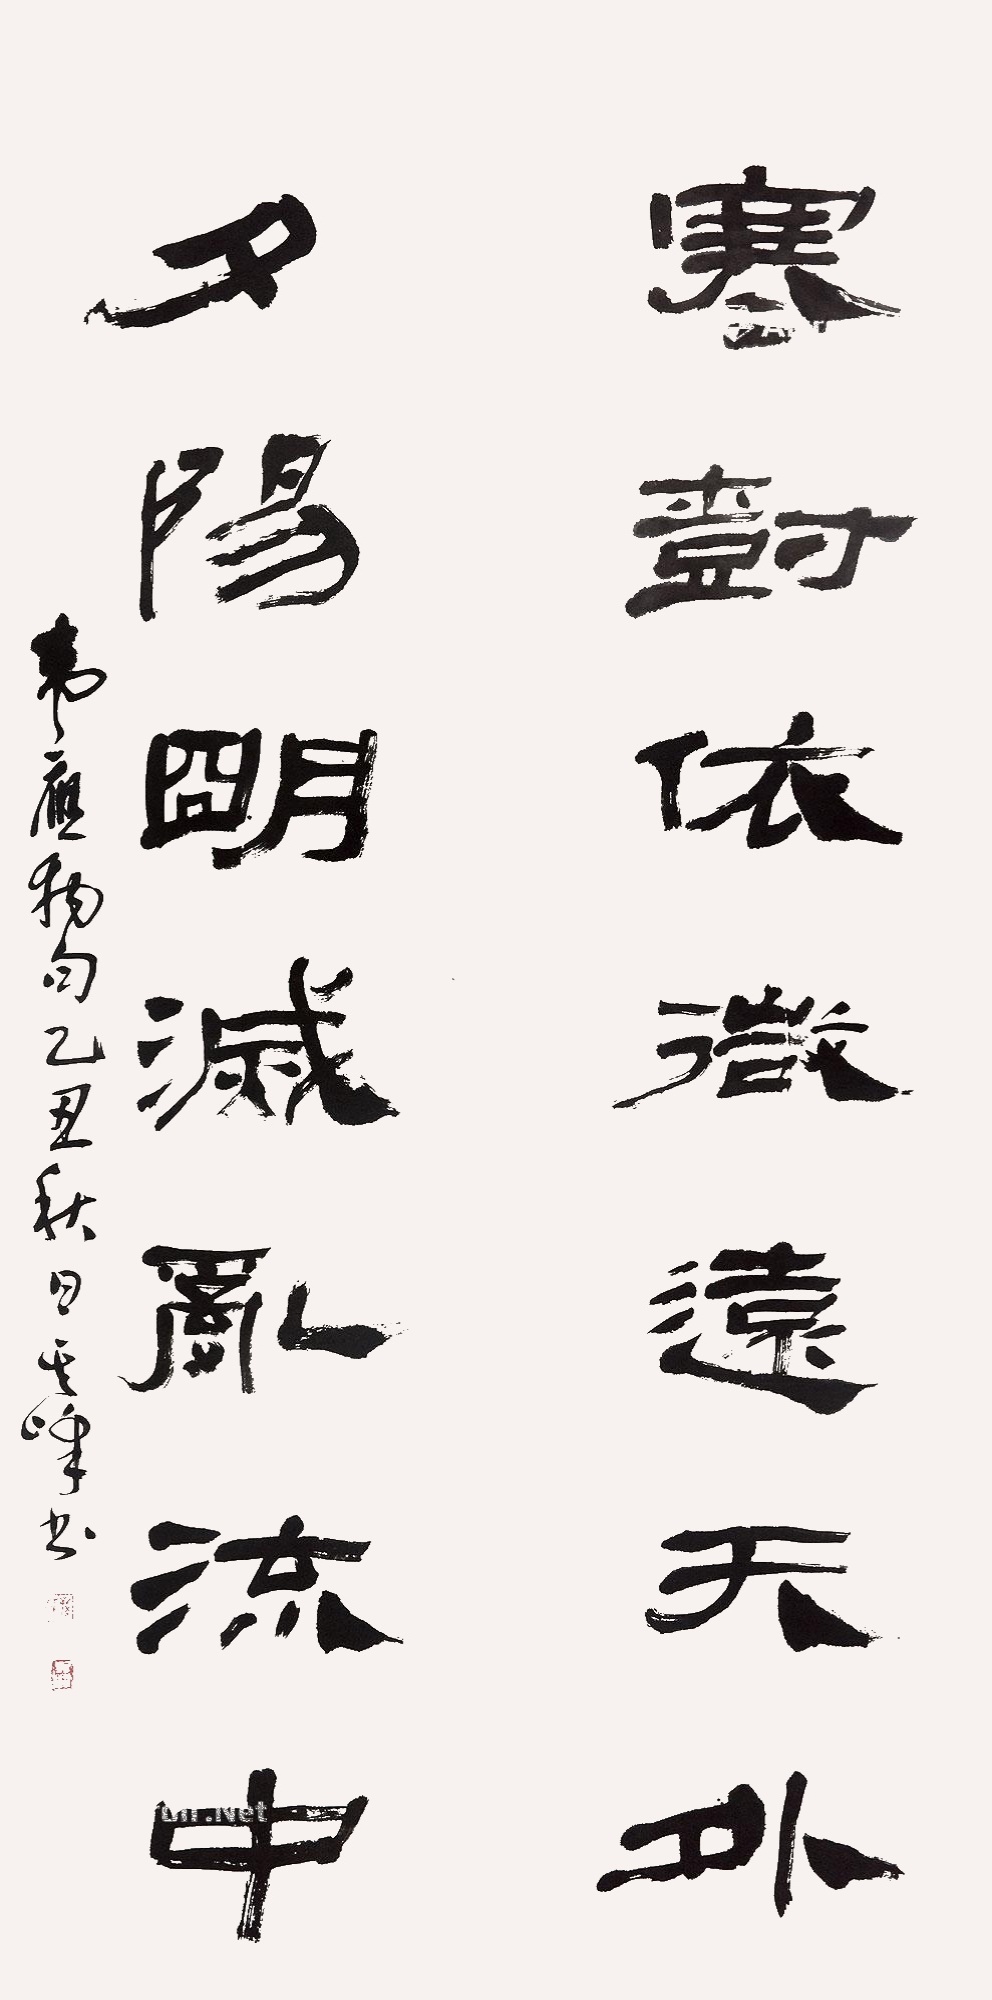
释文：寒树依微远天外，夕阳明灭乱流中。韦应物句，乙丑秋日其峰书。